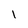
Character: l